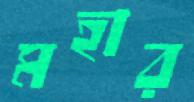
মহার